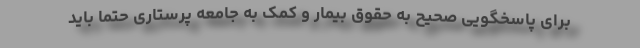
برای پاسخگویی صحیح به حقوق بیمار و کمک به جامعه پرستاری حتما باید